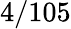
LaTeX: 4/105